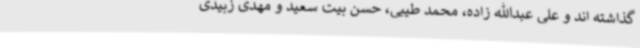
گذاشته اند و علی عبدالله زاده، محمد طیبی، حسن بیت سعید و مهدی زبیدی